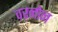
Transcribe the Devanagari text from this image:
वरनोन